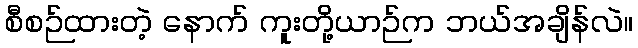
စီစဉ်ထားတဲ့ နောက် ကူးတို့ယာဉ်က ဘယ်အချိန်လဲ။